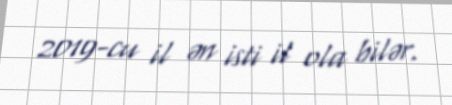
2019-cu il ən isti il ola bilər.